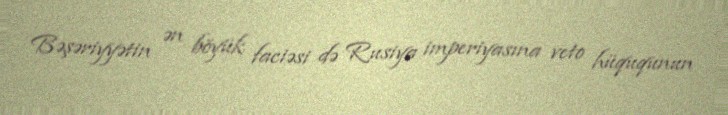
Bəşəriyyətin ən böyük faciəsi də Rusiya imperiyasına veto hüququnun